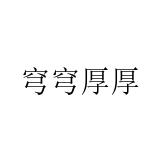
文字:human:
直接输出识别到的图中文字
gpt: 穹穹厚厚